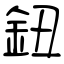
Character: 鈕